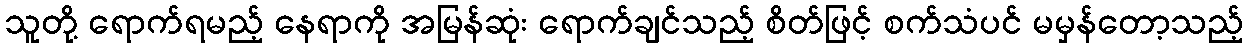
သူတို့ ရောက်ရမည့် နေရာကို အမြန်ဆုံး ရောက်ချင်သည့် စိတ်ဖြင့် စက်သံပင် မမှန်တော့သည့်